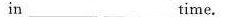
in ___ ___time.